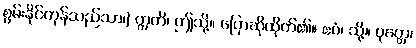
စွမ်းနိုင်ကုန်သည်သာ၊] ဣတိ၊ ဤသို့။ ပြောဆိုထိုက်၏။ ဧဝံ၊ သို့။ ဝုတ္တေ၊